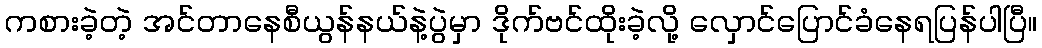
ကစားခဲ့တဲ့ အင်တာနေစီယွန်နယ်နဲ့ပွဲမှာ ဒိုက်ဗင်ထိုးခဲ့လို့ လှောင်ပြောင်ခံနေရပြန်ပါပြီ။